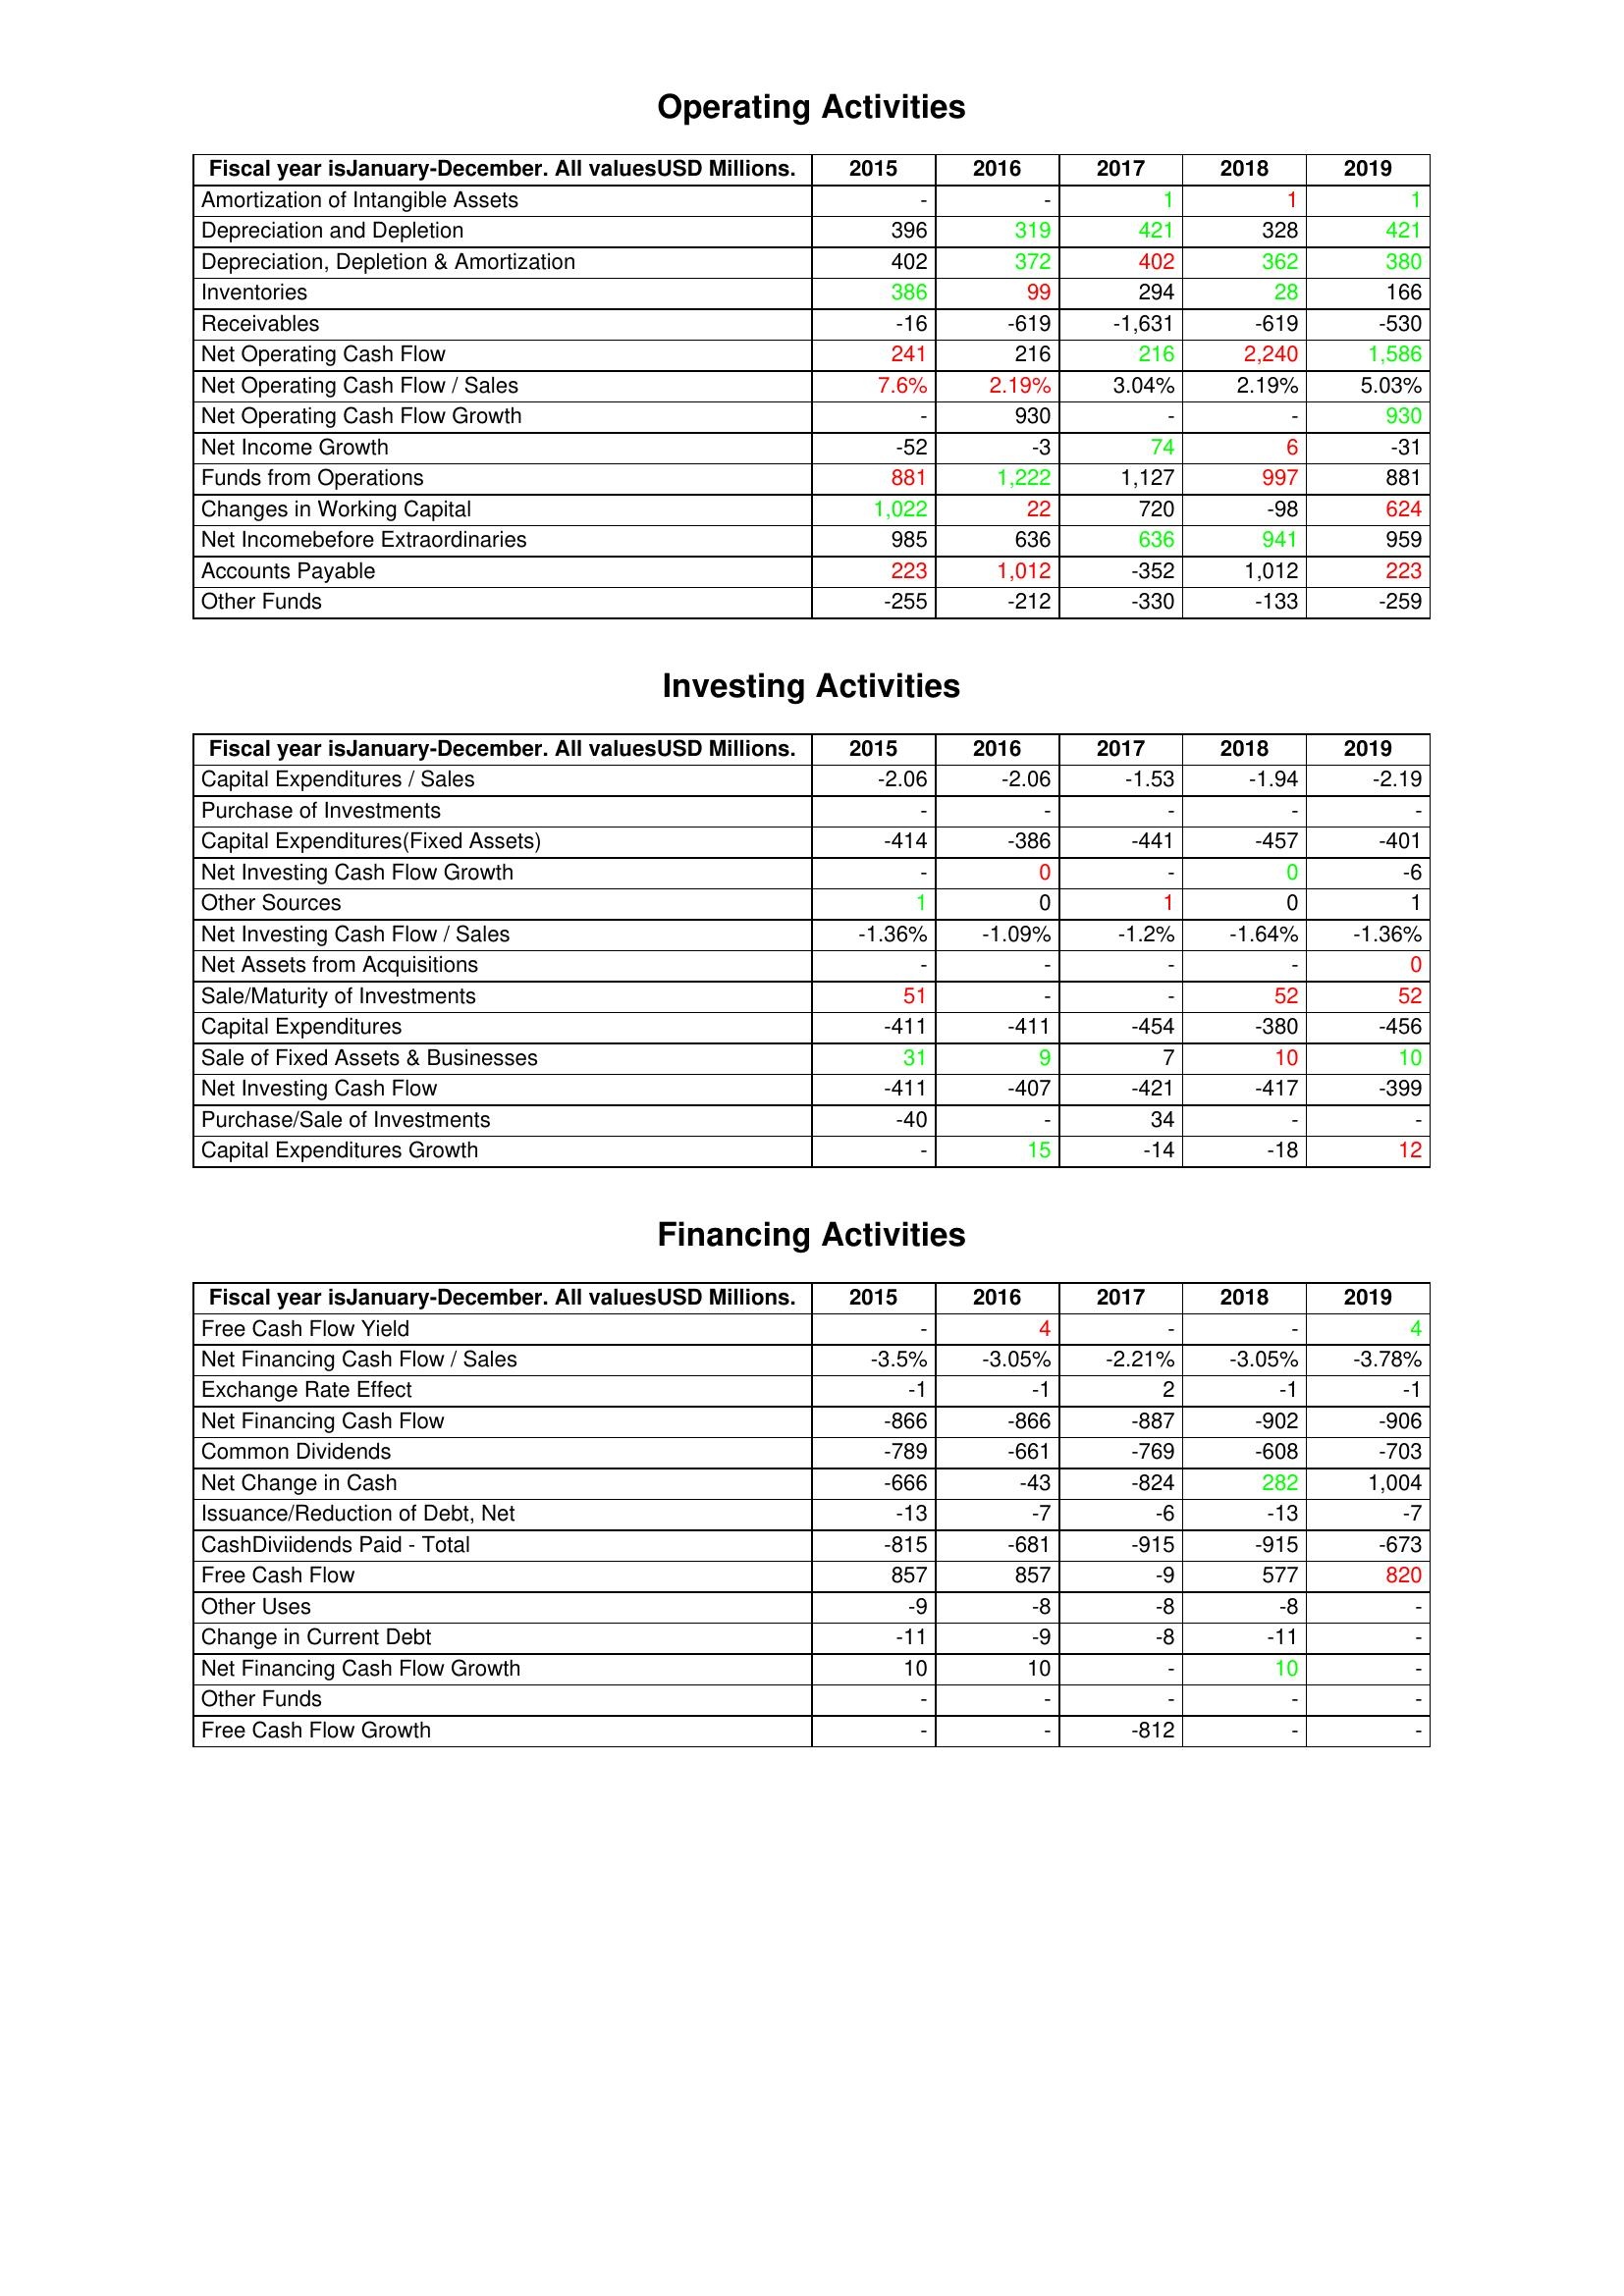
gt_parse: 2015: Operating Activities: Amortization of Intangible Assets: -
Depreciation and Depletion: 396
Depreciation, Depletion & Amortization: 402
Inventories: 386
Receivables: -16
Net Operating Cash Flow: 241
Net Operating Cash Flow / Sales: 7.6%
Net Operating Cash Flow Growth: -
Net Income Growth: -52
Funds from Operations: 881
Changes in Working Capital: 1,022
Net Incomebefore Extraordinaries: 985
Accounts Payable: 223
Other Funds: -255
Investing Activities: Capital Expenditures / Sales: -2.06
Purchase of Investments: -
Capital Expenditures(Fixed Assets): -414
Net Investing Cash Flow Growth: -
Other Sources: 1
Net Investing Cash Flow / Sales: -1.36%
Net Assets from Acquisitions: -
Sale/Maturity of Investments: 51
Capital Expenditures: -411
Sale of Fixed Assets & Businesses: 31
Net Investing Cash Flow: -411
Purchase/Sale of Investments: -40
Capital Expenditures Growth: -
Financing Activities: Free Cash Flow Yield: -
Net Financing Cash Flow / Sales: -3.5%
Exchange Rate Effect: -1
Net Financing Cash Flow: -866
Common Dividends: -789
Net Change in Cash: -666
Issuance/Reduction of Debt, Net: -13
CashDiviidends Paid - Total: -815
Free Cash Flow: 857
Other Uses: -9
Change in Current Debt: -11
Net Financing Cash Flow Growth: 10
Other Funds: -
Free Cash Flow Growth: -
2016: Operating Activities: Amortization of Intangible Assets: -
Depreciation and Depletion: 319
Depreciation, Depletion & Amortization: 372
Inventories: 99
Receivables: -619
Net Operating Cash Flow: 216
Net Operating Cash Flow / Sales: 2.19%
Net Operating Cash Flow Growth: 930
Net Income Growth: -3
Funds from Operations: 1,222
Changes in Working Capital: 22
Net Incomebefore Extraordinaries: 636
Accounts Payable: 1,012
Other Funds: -212
Investing Activities: Capital Expenditures / Sales: -2.06
Purchase of Investments: -
Capital Expenditures(Fixed Assets): -386
Net Investing Cash Flow Growth: 0
Other Sources: 0
Net Investing Cash Flow / Sales: -1.09%
Net Assets from Acquisitions: -
Sale/Maturity of Investments: -
Capital Expenditures: -411
Sale of Fixed Assets & Businesses: 9
Net Investing Cash Flow: -407
Purchase/Sale of Investments: -
Capital Expenditures Growth: 15
Financing Activities: Free Cash Flow Yield: 4
Net Financing Cash Flow / Sales: -3.05%
Exchange Rate Effect: -1
Net Financing Cash Flow: -866
Common Dividends: -661
Net Change in Cash: -43
Issuance/Reduction of Debt, Net: -7
CashDiviidends Paid - Total: -681
Free Cash Flow: 857
Other Uses: -8
Change in Current Debt: -9
Net Financing Cash Flow Growth: 10
Other Funds: -
Free Cash Flow Growth: -
2017: Operating Activities: Amortization of Intangible Assets: 1
Depreciation and Depletion: 421
Depreciation, Depletion & Amortization: 402
Inventories: 294
Receivables: -1,631
Net Operating Cash Flow: 216
Net Operating Cash Flow / Sales: 3.04%
Net Operating Cash Flow Growth: -
Net Income Growth: 74
Funds from Operations: 1,127
Changes in Working Capital: 720
Net Incomebefore Extraordinaries: 636
Accounts Payable: -352
Other Funds: -330
Investing Activities: Capital Expenditures / Sales: -1.53
Purchase of Investments: -
Capital Expenditures(Fixed Assets): -441
Net Investing Cash Flow Growth: -
Other Sources: 1
Net Investing Cash Flow / Sales: -1.2%
Net Assets from Acquisitions: -
Sale/Maturity of Investments: -
Capital Expenditures: -454
Sale of Fixed Assets & Businesses: 7
Net Investing Cash Flow: -421
Purchase/Sale of Investments: 34
Capital Expenditures Growth: -14
Financing Activities: Free Cash Flow Yield: -
Net Financing Cash Flow / Sales: -2.21%
Exchange Rate Effect: 2
Net Financing Cash Flow: -887
Common Dividends: -769
Net Change in Cash: -824
Issuance/Reduction of Debt, Net: -6
CashDiviidends Paid - Total: -915
Free Cash Flow: -9
Other Uses: -8
Change in Current Debt: -8
Net Financing Cash Flow Growth: -
Other Funds: -
Free Cash Flow Growth: -812
2018: Operating Activities: Amortization of Intangible Assets: 1
Depreciation and Depletion: 328
Depreciation, Depletion & Amortization: 362
Inventories: 28
Receivables: -619
Net Operating Cash Flow: 2,240
Net Operating Cash Flow / Sales: 2.19%
Net Operating Cash Flow Growth: -
Net Income Growth: 6
Funds from Operations: 997
Changes in Working Capital: -98
Net Incomebefore Extraordinaries: 941
Accounts Payable: 1,012
Other Funds: -133
Investing Activities: Capital Expenditures / Sales: -1.94
Purchase of Investments: -
Capital Expenditures(Fixed Assets): -457
Net Investing Cash Flow Growth: 0
Other Sources: 0
Net Investing Cash Flow / Sales: -1.64%
Net Assets from Acquisitions: -
Sale/Maturity of Investments: 52
Capital Expenditures: -380
Sale of Fixed Assets & Businesses: 10
Net Investing Cash Flow: -417
Purchase/Sale of Investments: -
Capital Expenditures Growth: -18
Financing Activities: Free Cash Flow Yield: -
Net Financing Cash Flow / Sales: -3.05%
Exchange Rate Effect: -1
Net Financing Cash Flow: -902
Common Dividends: -608
Net Change in Cash: 282
Issuance/Reduction of Debt, Net: -13
CashDiviidends Paid - Total: -915
Free Cash Flow: 577
Other Uses: -8
Change in Current Debt: -11
Net Financing Cash Flow Growth: 10
Other Funds: -
Free Cash Flow Growth: -
2019: Operating Activities: Amortization of Intangible Assets: 1
Depreciation and Depletion: 421
Depreciation, Depletion & Amortization: 380
Inventories: 166
Receivables: -530
Net Operating Cash Flow: 1,586
Net Operating Cash Flow / Sales: 5.03%
Net Operating Cash Flow Growth: 930
Net Income Growth: -31
Funds from Operations: 881
Changes in Working Capital: 624
Net Incomebefore Extraordinaries: 959
Accounts Payable: 223
Other Funds: -259
Investing Activities: Capital Expenditures / Sales: -2.19
Purchase of Investments: -
Capital Expenditures(Fixed Assets): -401
Net Investing Cash Flow Growth: -6
Other Sources: 1
Net Investing Cash Flow / Sales: -1.36%
Net Assets from Acquisitions: 0
Sale/Maturity of Investments: 52
Capital Expenditures: -456
Sale of Fixed Assets & Businesses: 10
Net Investing Cash Flow: -399
Purchase/Sale of Investments: -
Capital Expenditures Growth: 12
Financing Activities: Free Cash Flow Yield: 4
Net Financing Cash Flow / Sales: -3.78%
Exchange Rate Effect: -1
Net Financing Cash Flow: -906
Common Dividends: -703
Net Change in Cash: 1,004
Issuance/Reduction of Debt, Net: -7
CashDiviidends Paid - Total: -673
Free Cash Flow: 820
Other Uses: -
Change in Current Debt: -
Net Financing Cash Flow Growth: -
Other Funds: -
Free Cash Flow Growth: -